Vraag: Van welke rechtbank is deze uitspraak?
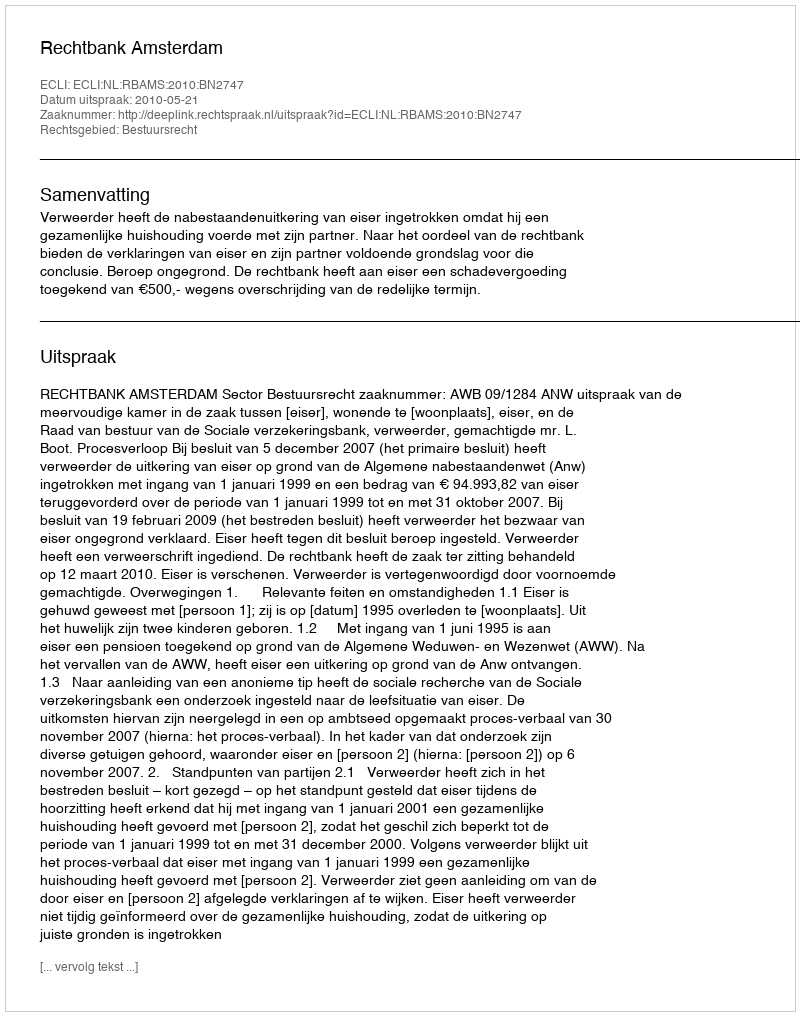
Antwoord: Rechtbank Amsterdam